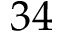
3 4